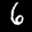
Label: 6